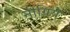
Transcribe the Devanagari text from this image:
नीग्रिये